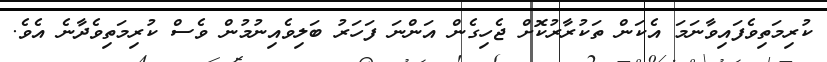
ކުރިމަތިވެފައިވާނަމަ އެކަން ތަކުރާރުކޮށް ޖެހިގެން އަންނަ ފަހަރު ބަލިވެއިނުމުން ވެސް ކުރިމަތިވެދާނެ އެވެ.